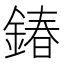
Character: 𨩃